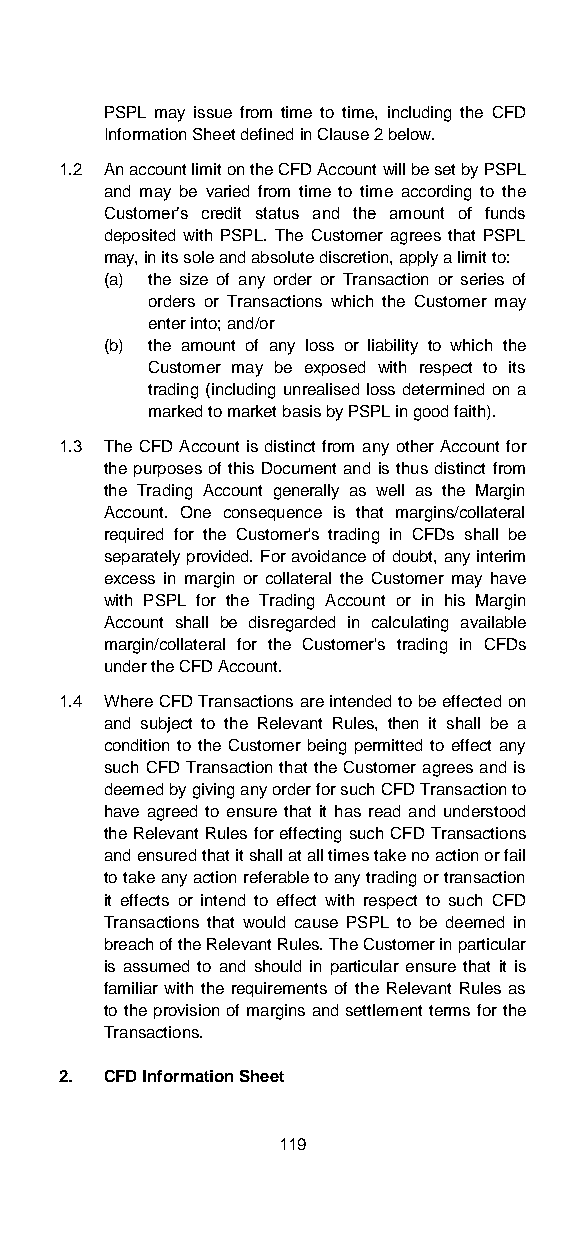
PSPL may issue from time to time, including the CFD
 Information Sheet defined in Clause 2 below.
 1.2 An account limit on the CFD Account will be set by PSPL
 and may be varied from time to time according to the
 Customer’s credit status and the amount of funds
 deposited with PSPL. The Customer agrees that PSPL
 may, in its sole and absolute discretion, apply a limit to:
 (a) the size of any order or Transaction or series of
 orders or Transactions which the Customer may
 enter into; and/or
 (b) the amount of any loss or liability to which the
 Customer may be exposed with respect to its
 trading (including unrealised loss determined on a
 marked to market basis by PSPL in good faith).
 1.3 The CFD Account is distinct from any other Account for
 the purposes of this Document and is thus distinct from
 the Trading Account generally as well as the Margin
 Account. One consequence is that margins/collateral
 required for the Customer's trading in CFDs shall be
 separately provided. For avoidance of doubt, any interim
 excess in margin or collateral the Customer may have
 with PSPL for the Trading Account or in his Margin
 Account shall be disregarded in calculating available
 margin/collateral for the Customer's trading in CFDs
 under the CFD Account.
 1.4 Where CFD Transactions are intended to be effected on
 and subject to the Relevant Rules, then it shall be a
 condition to the Customer being permitted to effect any
 such CFD Transaction that the Customer agrees and is
 deemed by giving any order for such CFD Transaction to
 have agreed to ensure that it has read and understood
 the Relevant Rules for effecting such CFD Transactions
 and ensured that it shall at all times take no action or fail
 to take any action referable to any trading or transaction
 it effects or intend to effect with respect to such CFD
 Transactions that would cause PSPL to be deemed in
 breach of the Relevant Rules. The Customer in particular
 is assumed to and should in particular ensure that it is
 familiar with the requirements of the Relevant Rules as
 to the provision of margins and settlement terms for the
 Transactions.
 2. CFD Information Sheet
 119